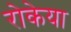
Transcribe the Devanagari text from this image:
रोकेया